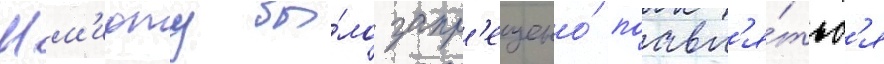
Шм'идту бы́ло запр'ещено́ поавл'я́тьс'я